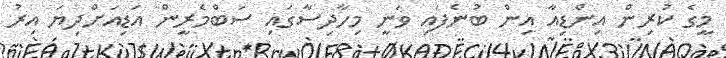
މީގެ ކުރިން އިންޑިއާ އިން ބުނެފައި ވަނީ މިހާދިސާގައި ސަބްމެރީން އަޑިއަށްދިޔަ އިރު